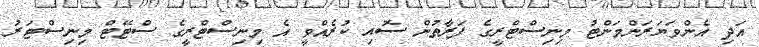
އަދި އެންވަޔަރަންމަންޓު މިނިސްޓްރީގެ ފަރާތުން ސޮއި ކުރެއްވީ އެ މިނިސްޓްރީގެ ސްޓޭޓް މިނިސްޓަރު